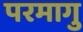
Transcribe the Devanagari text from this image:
परमागु